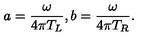
a = { \frac { \omega } { 4 \pi T _ { L } } } , b = { \frac { \omega } { 4 \pi T _ { R } } } .